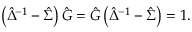
\left( \hat { \Delta } ^ { - 1 } - \hat { \Sigma } \right) \hat { G } = \hat { G } \left( \hat { \Delta } ^ { - 1 } - \hat { \Sigma } \right) = 1 .